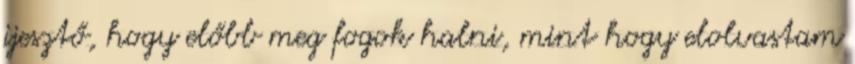
ijesztő, hogy előbb meg fogok halni, mint hogy elolvastam